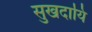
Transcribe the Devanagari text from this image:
सुखदायि